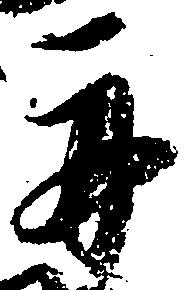
舟